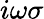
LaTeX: i\omega\sigma